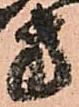
方